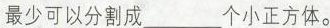
最少可以分割成___个小正方体。